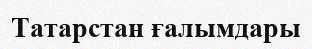
Татарстан ғалымдары